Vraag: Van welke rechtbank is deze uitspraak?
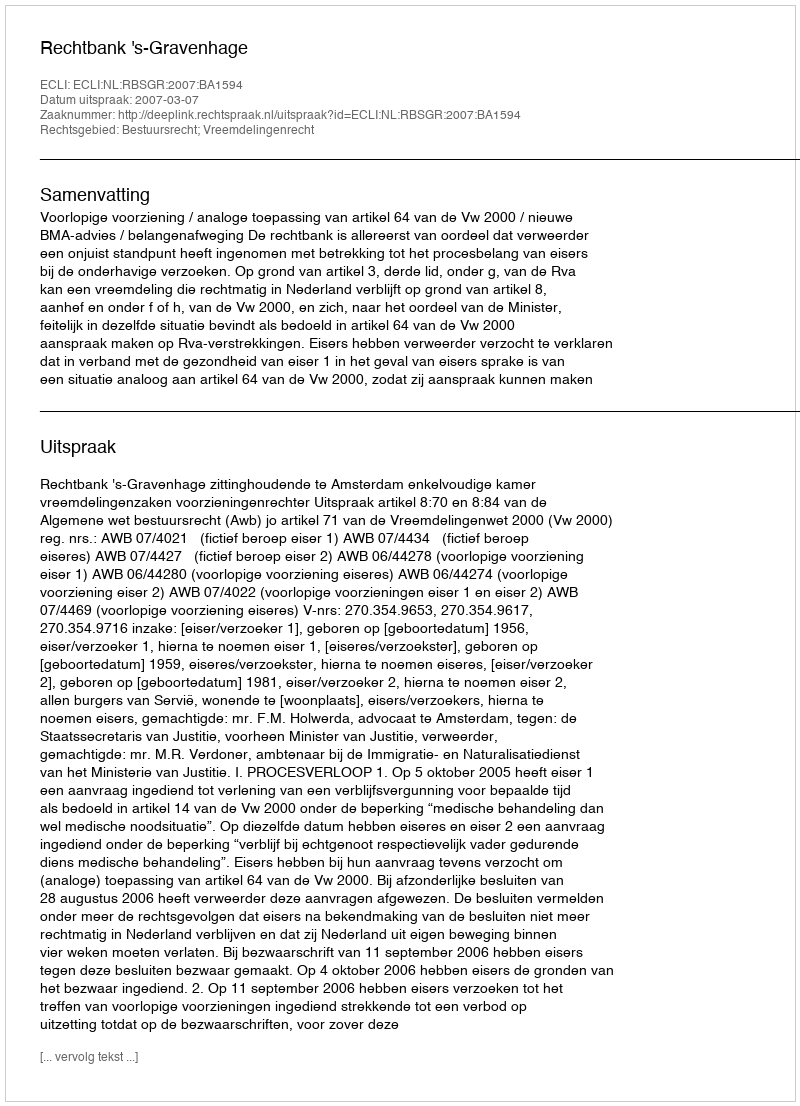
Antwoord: Rechtbank 's-Gravenhage